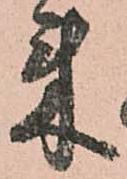
来